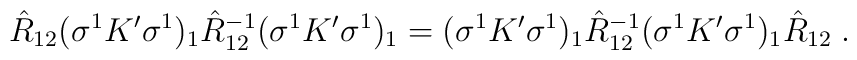
\hat{R}_{12} (\sigma^{1} K' \sigma^{1})_{1} \hat{R}_{12}^{-1} (\sigma^{1} K'\sigma^{1})_{1} = (\sigma^{1} K' \sigma^{1})_{1} \hat{R}_{12}^{-1}(\sigma^{1} K' \sigma^{1})_{1} \hat{R}_{12}\;.